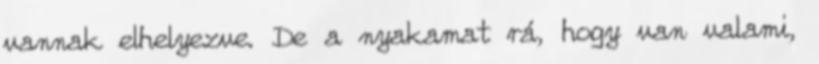
vannak elhelyezve. De a nyakamat rá, hogy van valami,